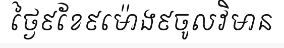
ថ្ងៃ៩ខែ៩ម៉ោង៩ចូលវិមាន